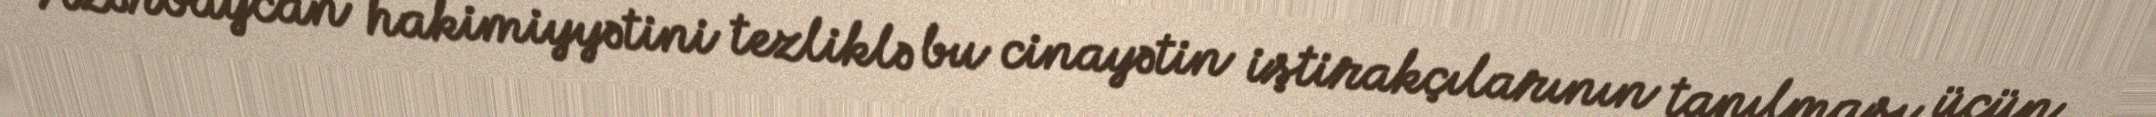
Azərbaycan hakimiyyətini tezliklə bu cinayətin iştirakçılarının tapılması üçün